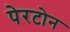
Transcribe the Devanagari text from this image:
पेरटोन